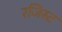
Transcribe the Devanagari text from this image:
रजिस्ट